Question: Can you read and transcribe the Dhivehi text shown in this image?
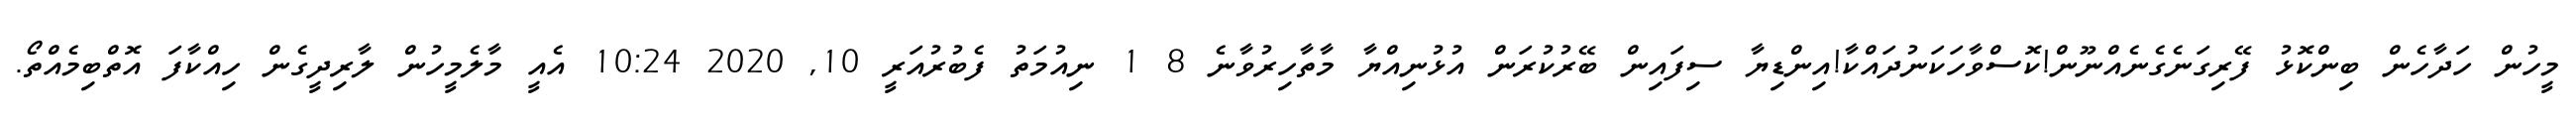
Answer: މީހުން ހަދާހެން ބިންކޮޅު ފޭރިގަނެގެނެއްނޫން!ކޮސްވާހަކަނުދައްކާ!އިންޑިޔާ ސިފައިން ބޭރުކުރަން އުޅުނިއްޔާ މާތާހިރުވާނެ 8 1 ނިއުމަތު ފެބުރުއަރީ 10, 2020 10:24 އެއީ މާލެމީހުން ލާރިދީގެން ހިއްކާފަ އޮތްބިމެއްތޯ.